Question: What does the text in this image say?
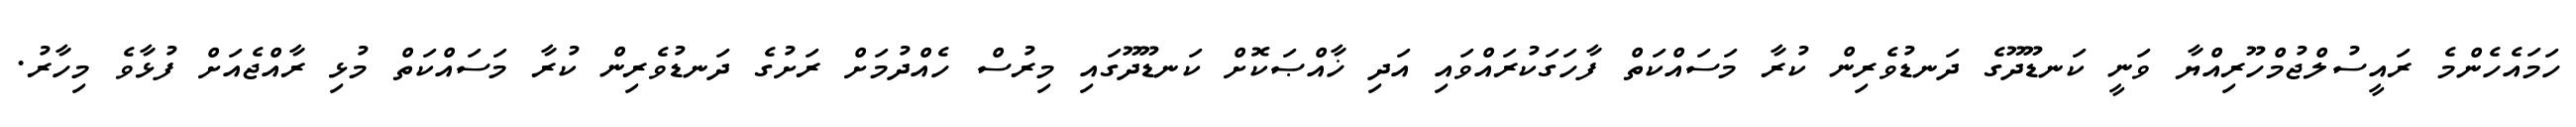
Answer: ހަމައެހެންމެ ރައީސުލްޖުމްހޫރިއްޔާ ވަނީ ކަނޑޫދޫގެ ދަނޑުވެރިން ކުރާ މަސައްކަތް ފާހަގަކުރައްވައި އަދި ޚާއްޞަކޮށް ކަނޑޫދޫގައި މިރުސް ހެއްދުމަށް ރަށުގެ ދަނޑުވެރިން ކުރާ މަސައްކަތް މުޅި ރާއްޖެއަށް ފުޅާވެ މިހާރު.